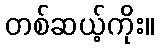
တစ်ဆယ့်ကိုး။